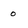
Character: o